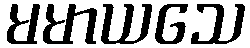
မမာယသေ